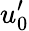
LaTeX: u_{0}^{\prime}